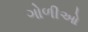
ગોળીઓ